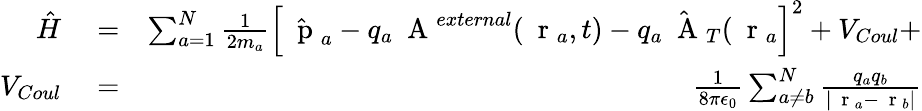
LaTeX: \begin{array}{rlr}{\hat{H}}&{{}=}&{\sum_{a=1}^{N}\frac{1}{2m_{a}}\left[\hat{\mathrm{~\mathbf~p~}}_{a}-q_{a}\mathrm{~\mathbf~A~}^{external}(\mathrm{~\mathbf~r~}_{a},t)-q_{a}\hat{\mathrm{~\mathbf~A~}}_{T}(\mathrm{~\mathbf~r~}_{a}\right]^{2}+V_{Coul}+}\\ {V_{Coul}}&{{}=}&{\frac{1}{8\pi\epsilon_{0}}\sum_{a\ne b}^{N}\frac{q_{a}q_{b}}{|\mathrm{~\mathbf~r~}_{a}-\mathrm{~\mathbf~r~}_{b}|}}\end{array}